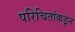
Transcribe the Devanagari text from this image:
परिचितांकडून